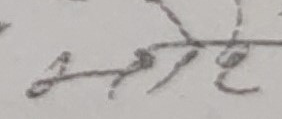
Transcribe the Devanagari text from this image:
सुरहे